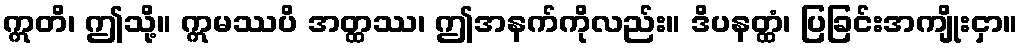
ဣတိ၊ ဤသို့။ ဣမဿပိ အတ္ထဿ၊ ဤအနက်ကိုလည်း။ ဒိပနတ္ထံ၊ ပြခြင်းအကျိုးငှာ။